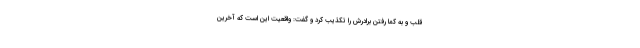
قلب و به کما رفتن برادرش را تکذیب کرد و گفت: واقعیت این است که آخرین